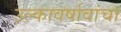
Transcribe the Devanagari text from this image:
उल्कावर्षावांचा